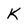
Character: K